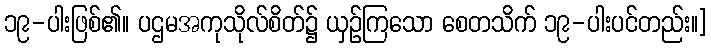
၁၉-ပါးဖြစ်၏။ ပဌမအကုသိုလ်စိတ်၌ ယှဉ်ကြသော စေတသိက် ၁၉-ပါးပင်တည်း။]